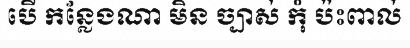
បើ កន្លែងណា មិន ច្បាស់ កុំ ប៉ះពាល់